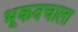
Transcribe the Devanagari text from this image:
भूकवचाला